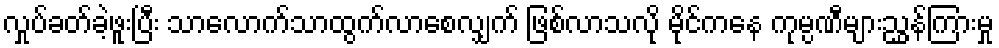
လှုပ်ခတ်ခဲ့ဖူးပြီး သာလောက်သာထွက်လာစေလျှက် ဖြစ်လာသလို မိုင်ကနေ ကုမ္ပဏီများညွှန်ကြားမှု